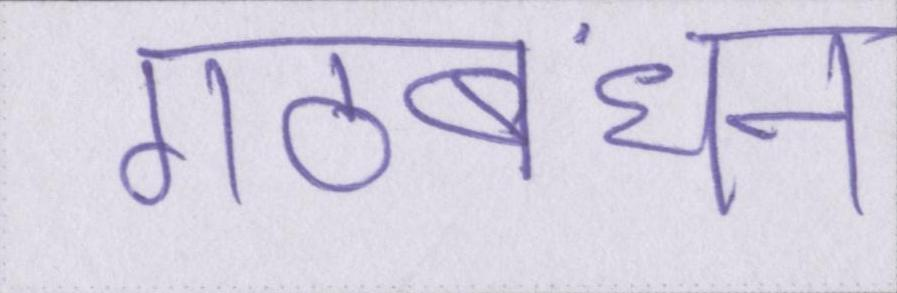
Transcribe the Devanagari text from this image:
गठबंधन